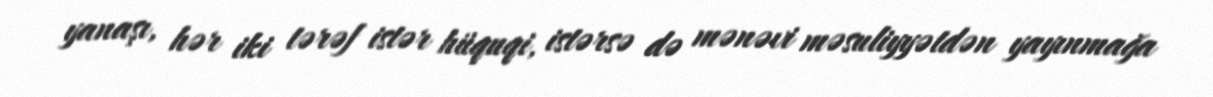
yanaşı, hər iki tərəf istər hüquqi, istərsə də mənəvi məsuliyyətdən yayınmağa